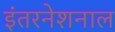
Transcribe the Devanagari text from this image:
इंतरनेशनाल